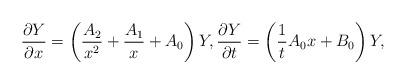
LaTeX: \begin{gather*}\frac{\partial Y}{\partial x} =\left(\frac{A_2}{x^2}+\frac{A_1}{x}+A_0\right)Y ,\frac{\partial Y}{\partial t} =\left( \frac{1}{t}A_0x+B_0 \right)Y,\end{gather*}